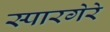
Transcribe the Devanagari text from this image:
स्पारगेरे